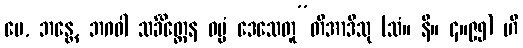
မေ, ဘန္တေ, ဘဂဝါ သင်္ခိတ္တေန ဓမ္မံ ဒေသေတူ”တိအာဒီသု (သံ။ နိ။ ၄။၉၅) ဟိ